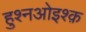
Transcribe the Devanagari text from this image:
हुश्नओइश्क़